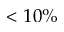
< 1 0 \%